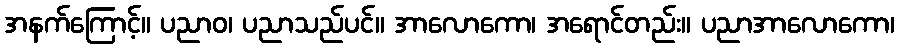
အနက်ကြောင့်။ ပညာဝ၊ ပညာသည်ပင်။ အာလောကော၊ အရောင်တည်း။ ပညာအာလောကော၊